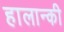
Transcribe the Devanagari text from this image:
हालान्की